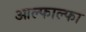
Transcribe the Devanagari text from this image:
आल्फाल्फा